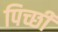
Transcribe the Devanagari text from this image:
पिच्छी